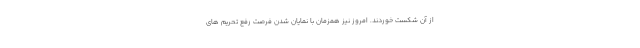
از آن شکست خوردند. امروز نیز همزمان با نمایان شدن فرصت رفع تحریم های